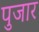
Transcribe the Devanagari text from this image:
पुजार